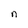
Character: n